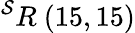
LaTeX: ^{\mathcal{S}}R\ (15,15)